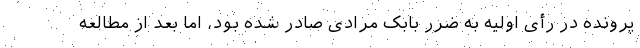
پرونده در رأی اولیه به ضرر بابک مرادی صادر شده بود، اما بعد از مطالعه